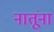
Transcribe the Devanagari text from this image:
नातूंना